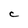
Character: C